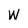
Character: w